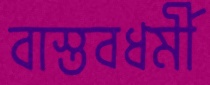
বাস্তবধর্মী